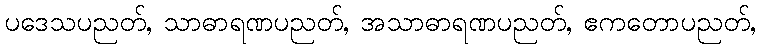
ပဒေသပညတ်, သာဓာရဏပညတ်, အသာဓာရဏပညတ်, ဧကတောပညတ်,